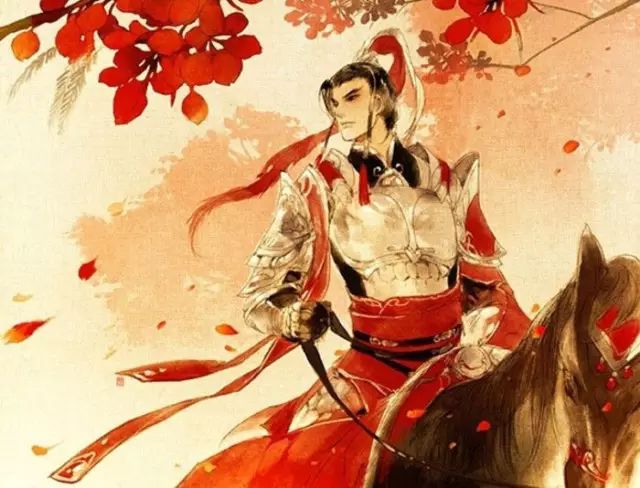
野旷天清无战声，四万义军同日死。